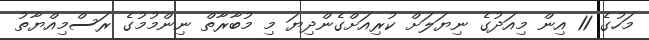
މަހުގެ 11 އިން މިއަދުގެ ނިޔަލަށް ކުރިއަށްގެންދިޔަ މި މުބާރާތް ނިންމުމުގެ ރަސްމިއްޔާތު